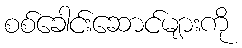
စစ်ခေါင်းဆောင်များကို